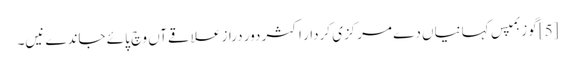
[5] گوزبمپس کہانیاں دے مرکزی کردار اکثر دور دراز علاقےآں وچ پائے جاندے نیں۔